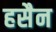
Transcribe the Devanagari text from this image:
हसैन